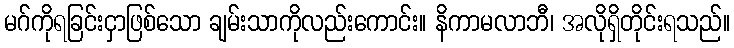
မဂ်ကိုရခြင်းငှာဖြစ်သော ချမ်းသာကိုလည်းကောင်း။ နိကာမလာဘီ၊ အလိုရှိတိုင်းရသည်။